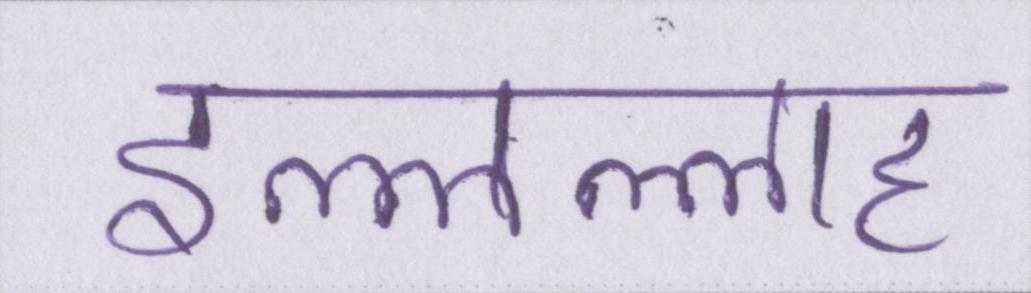
इल्लल्लाह